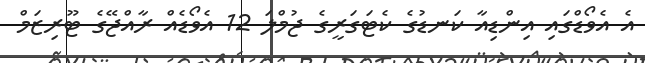
އެ އެވޯޑްގައި އިންޑިއާ ކަނޑުގެ ކެޓަގަރީގެ ޖުމްލަ 12 އެވޯޑެއް ރާއްޖޭގެ ޓޫރިޒަމް